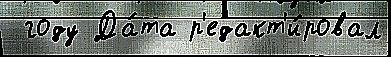
 году Да́та р'едакт'и́ровал